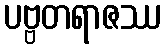
ပဗ္ဗတရာဇဿ